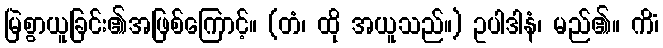
မြဲစွာယူခြင်း၏အဖြစ်ကြောင့်။ (တံ၊ ထို အယူသည်။) ဥပါဒါနံ၊ မည်၏။ ကိံ၊